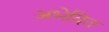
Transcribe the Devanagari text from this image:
अभेदित